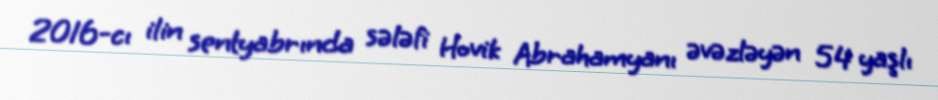
2016-cı ilin sentyabrında sələfi Hovik Abrahamyanı əvəzləyən 54 yaşlı